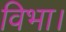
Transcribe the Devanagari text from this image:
विभा।